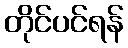
တိုင်ပင်ရန်